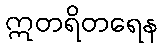
ဣတရိတရေန